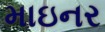
માઇનર